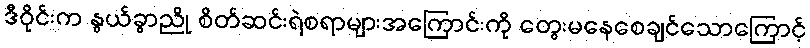
ဒီဝိုင်းက နွယ်ခွာညို စိတ်ဆင်းရဲစရာများအကြောင်းကို တွေးမနေစေချင်သောကြောင့်